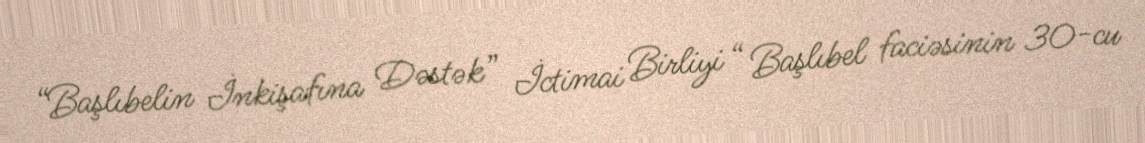
“Başlıbelin İnkişafına Dəstək” İctimai Birliyi “ Başlıbel faciəsinin 30-cu